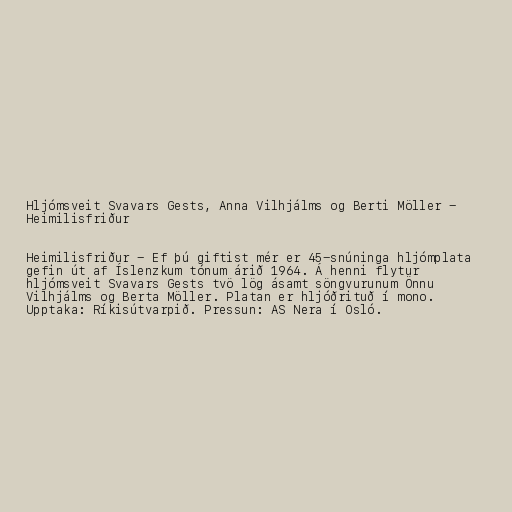
Hljómsveit Svavars Gests, Anna Vilhjálms og Berti Möller -
Heimilisfriður

Heimilisfriður - Ef þú giftist mér er 45-snúninga hljómplata
gefin út af Íslenzkum tónum árið 1964. Á henni flytur
hljómsveit Svavars Gests tvö lög ásamt söngvurunum Önnu
Vilhjálms og Berta Möller. Platan er hljóðrituð í mono.
Upptaka: Ríkisútvarpið. Pressun: AS Nera í Osló.